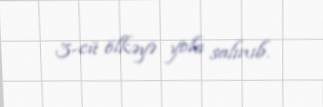
3-cü ölkəyə yola salınıb.